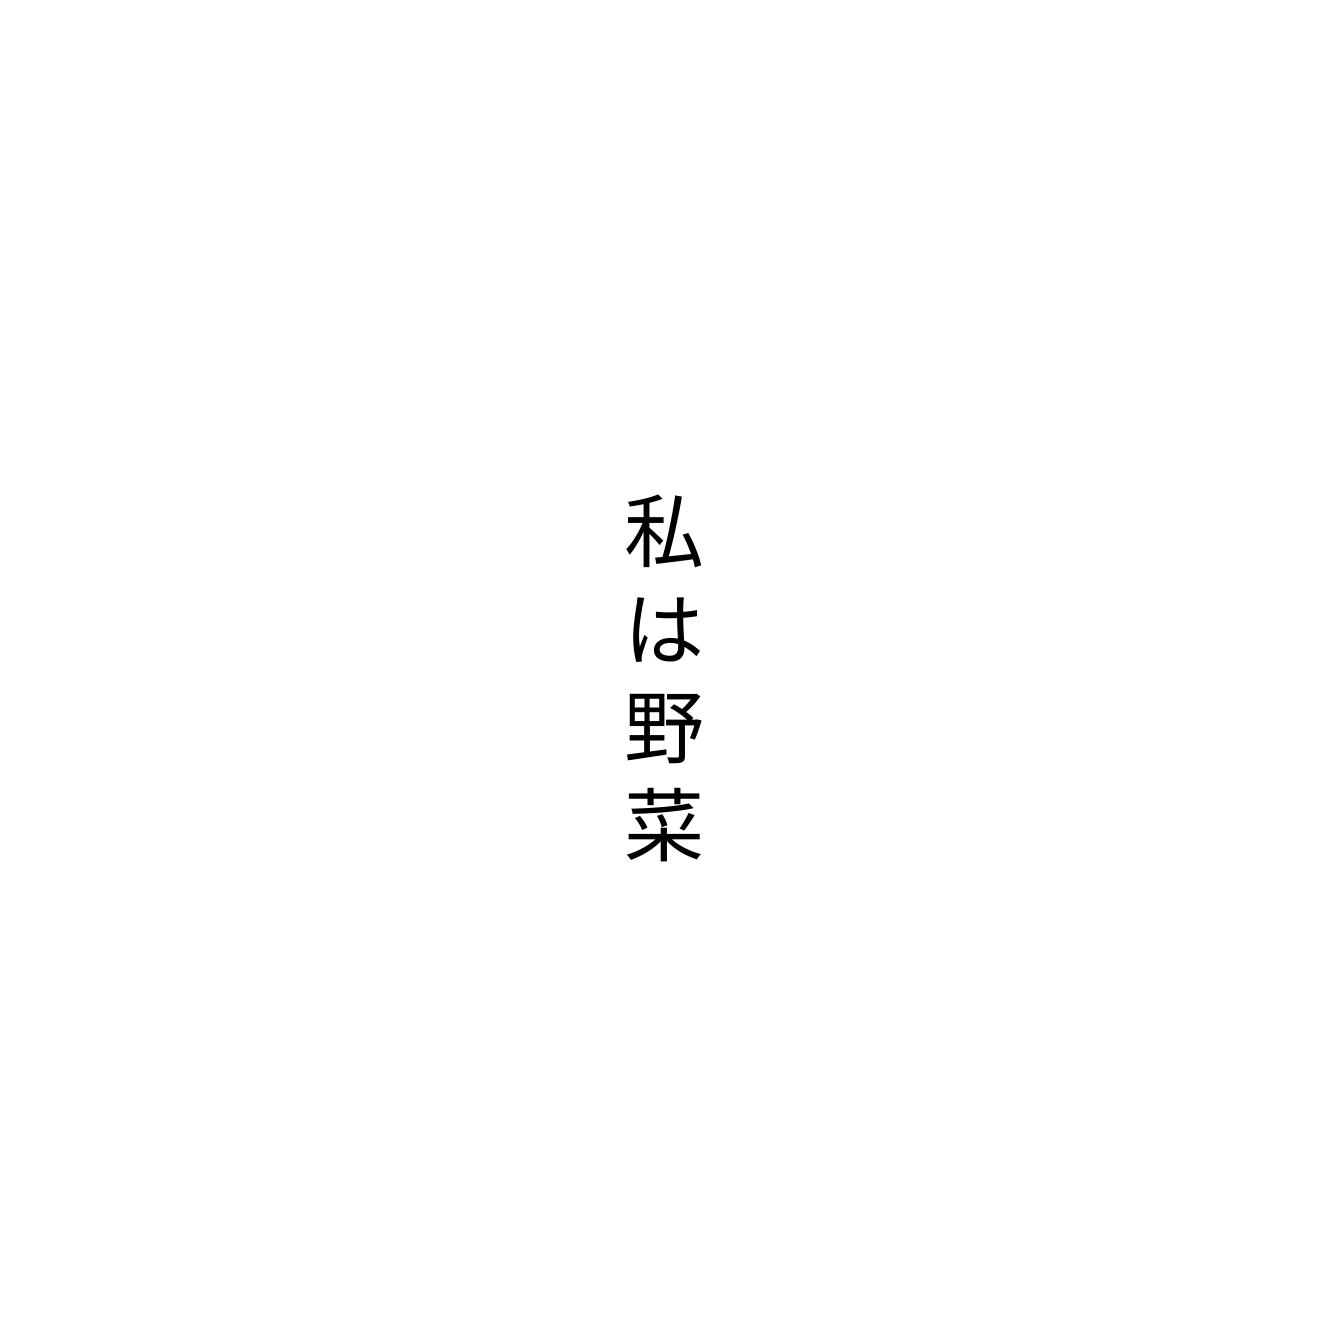
私は野菜